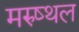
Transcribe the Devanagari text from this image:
मरुष्थल